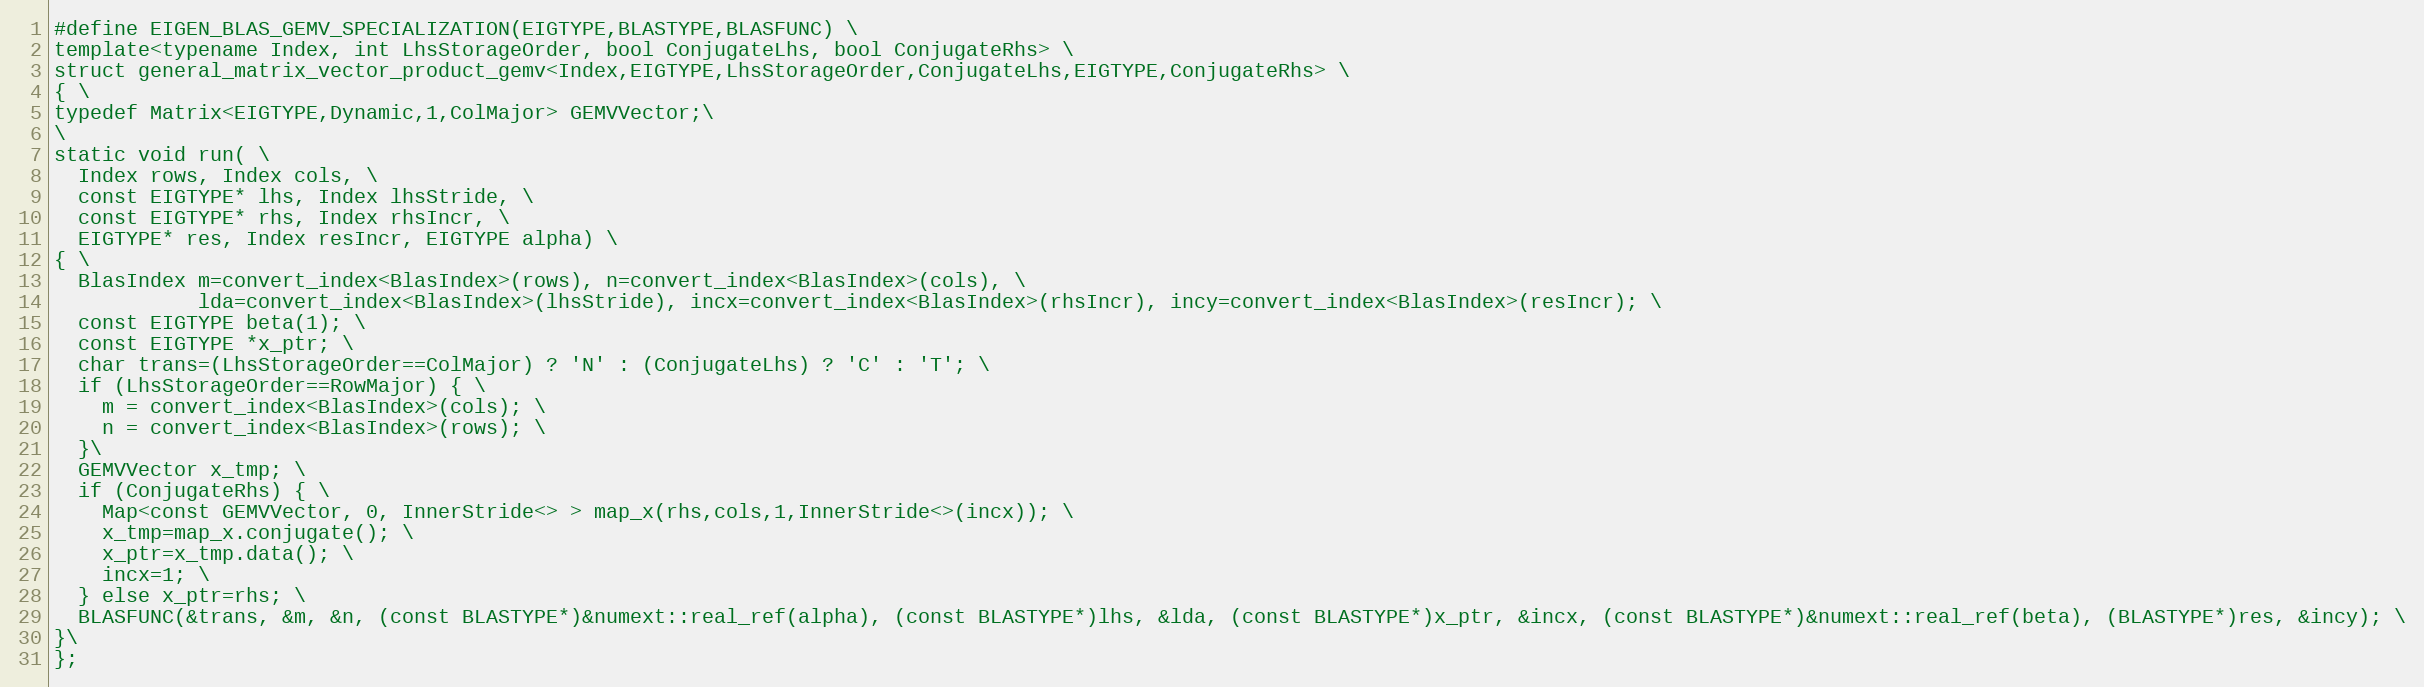
Language: C
#define EIGEN_BLAS_GEMV_SPECIALIZATION(EIGTYPE,BLASTYPE,BLASFUNC) \
template<typename Index, int LhsStorageOrder, bool ConjugateLhs, bool ConjugateRhs> \
struct general_matrix_vector_product_gemv<Index,EIGTYPE,LhsStorageOrder,ConjugateLhs,EIGTYPE,ConjugateRhs> \
{ \
typedef Matrix<EIGTYPE,Dynamic,1,ColMajor> GEMVVector;\
\
static void run( \
  Index rows, Index cols, \
  const EIGTYPE* lhs, Index lhsStride, \
  const EIGTYPE* rhs, Index rhsIncr, \
  EIGTYPE* res, Index resIncr, EIGTYPE alpha) \
{ \
  BlasIndex m=convert_index<BlasIndex>(rows), n=convert_index<BlasIndex>(cols), \
            lda=convert_index<BlasIndex>(lhsStride), incx=convert_index<BlasIndex>(rhsIncr), incy=convert_index<BlasIndex>(resIncr); \
  const EIGTYPE beta(1); \
  const EIGTYPE *x_ptr; \
  char trans=(LhsStorageOrder==ColMajor) ? 'N' : (ConjugateLhs) ? 'C' : 'T'; \
  if (LhsStorageOrder==RowMajor) { \
    m = convert_index<BlasIndex>(cols); \
    n = convert_index<BlasIndex>(rows); \
  }\
  GEMVVector x_tmp; \
  if (ConjugateRhs) { \
    Map<const GEMVVector, 0, InnerStride<> > map_x(rhs,cols,1,InnerStride<>(incx)); \
    x_tmp=map_x.conjugate(); \
    x_ptr=x_tmp.data(); \
    incx=1; \
  } else x_ptr=rhs; \
  BLASFUNC(&trans, &m, &n, (const BLASTYPE*)&numext::real_ref(alpha), (const BLASTYPE*)lhs, &lda, (const BLASTYPE*)x_ptr, &incx, (const BLASTYPE*)&numext::real_ref(beta), (BLASTYPE*)res, &incy); \
}\
};